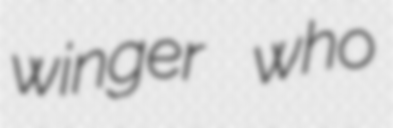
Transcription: winger who